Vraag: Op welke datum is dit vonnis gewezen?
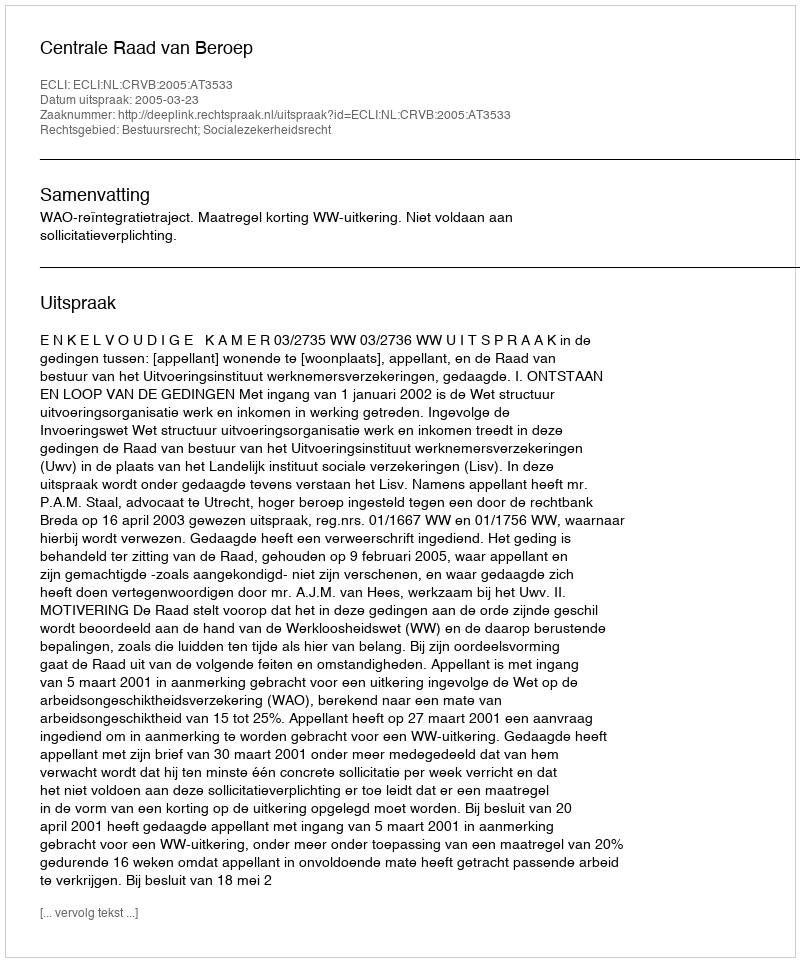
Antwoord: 2005-03-23